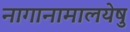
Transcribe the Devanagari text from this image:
नागानामालयेषु